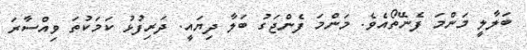
ބަލާލީ މަންމަ ފެނޭތޯއެވެ. މަންމަ ފެންޖަގު ބަލާ ދިޔައީ. ދަރިފުޅު ކަމަކުތަ ވިއްސާރަ